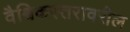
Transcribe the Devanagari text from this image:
वैश्विकस्तरावरील